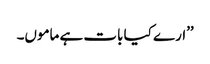
’’ارے کیا بات ہے ماموں۔